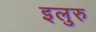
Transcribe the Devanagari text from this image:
इलुरु